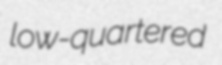
low-quartered